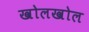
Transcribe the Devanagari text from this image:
खोलखोल